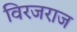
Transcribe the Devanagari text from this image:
विरजराज